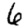
Digit: 6